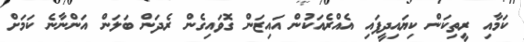
ކަމާއި ރީތިކަން ކިޔައިދީފައި އެއްރެއަކުން އައިޒަން ގޮވައިގެން ރެދަން ބަލަން އަންނާނެ ކަމަށް